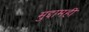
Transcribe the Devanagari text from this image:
मुद्दामही